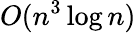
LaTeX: O(n^{3}\log{n})